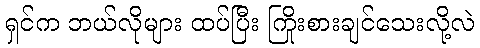
ရှင်က ဘယ်လိုများ ထပ်ပြီး ကြိုးစားချင်သေးလို့လဲ